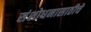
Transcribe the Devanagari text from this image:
संशोधनासाठीचे